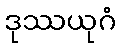
ဒုဿယုဂံ